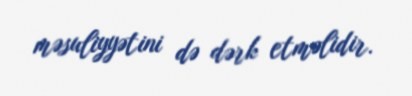
məsuliyyətini də dərk etməlidir.